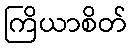
ကြိယာစိတ်